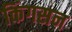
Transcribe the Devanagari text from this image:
किंगसन